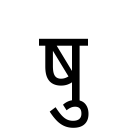
OCR:
षु